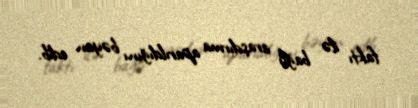
faktı ilə bağlı araşdırma aparıldığını bəyan edib.